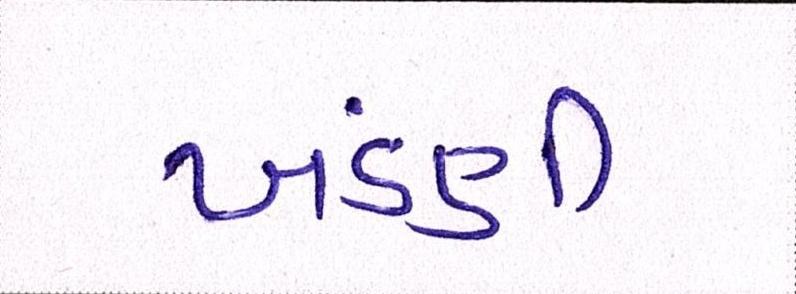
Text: ખંડણી